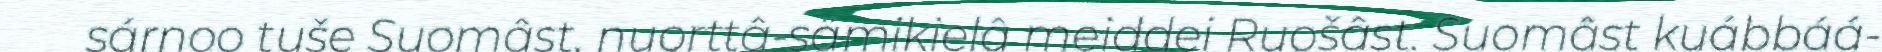
sárnoo tuše Suomâst, nuorttâ-sämikielâ meiddei Ruošâst. Suomâst kuábbáá-